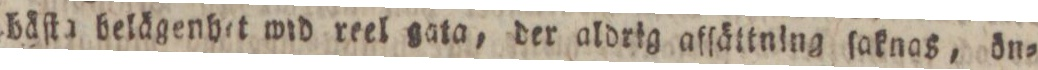
bäſta belägenhet wid reel gata, der aldrig afſättning ſaknas, ön=